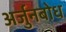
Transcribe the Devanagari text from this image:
अर्जुनबोध